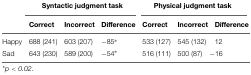
|  | <COLSPAN=3> Syntactic judgment task | <COLSPAN=3> Physical judgment task |
 |  | Correct | Incorrect | Difference | Correct | Incorrect | Difference |
 | --- | --- | --- | --- | --- | --- | --- |
 | Happy | 688 (241) | 603 (207) | -85∗ | 533 (127) | 545 (132) | 12 |
 | Sad | 643 (230) | 589 (200) | -54∗ | 516 (111) | 500 (87) | -16 |